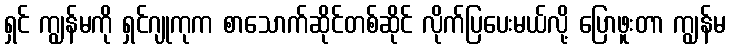
ရှင် ကျွန်မကို ရှင်ဂျုကုက စာသောက်ဆိုင်တစ်ဆိုင် လိုက်ပြပေးမယ်လို့ ပြောဖူးတာ ကျွန်မ